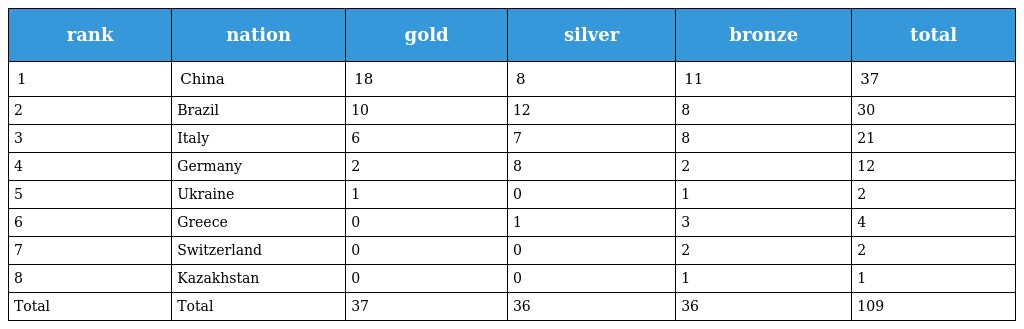
| rank | nation | gold | silver | bronze | total |
 | --- | --- | --- | --- | --- | --- |
 | 1 | China | 18 | 8 | 11 | 37 |
 | 2 | Brazil | 10 | 12 | 8 | 30 |
 | 3 | Italy | 6 | 7 | 8 | 21 |
 | 4 | Germany | 2 | 8 | 2 | 12 |
 | 5 | Ukraine | 1 | 0 | 1 | 2 |
 | 6 | Greece | 0 | 1 | 3 | 4 |
 | 7 | Switzerland | 0 | 0 | 2 | 2 |
 | 8 | Kazakhstan | 0 | 0 | 1 | 1 |
 | Total | Total | 37 | 36 | 36 | 109 |